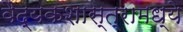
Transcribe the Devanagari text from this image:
वैद्यकशास्त्रामध्ये